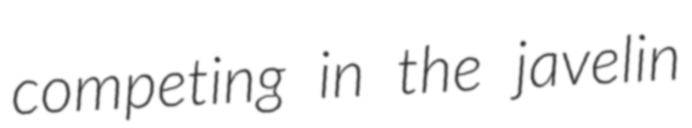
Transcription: competing in the javelin